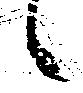
候